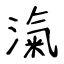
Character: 滊